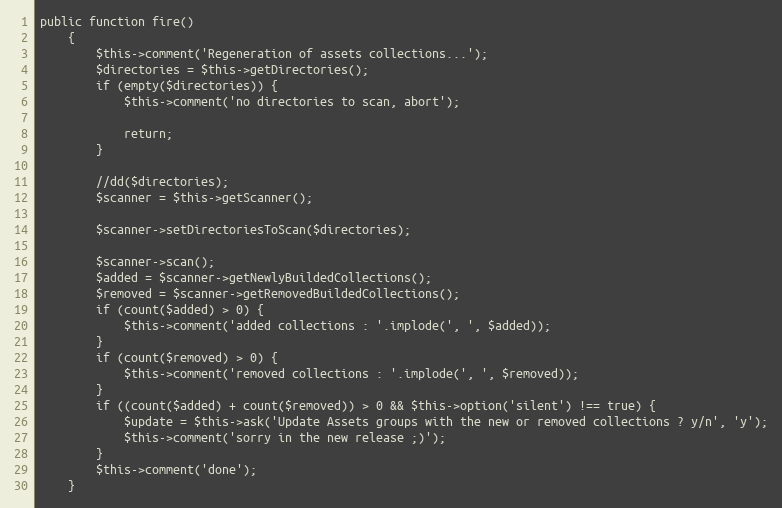
Language: PHP
public function fire()
    {
        $this->comment('Regeneration of assets collections...');
        $directories = $this->getDirectories();
        if (empty($directories)) {
            $this->comment('no directories to scan, abort');

            return;
        }

        //dd($directories);
        $scanner = $this->getScanner();

        $scanner->setDirectoriesToScan($directories);

        $scanner->scan();
        $added = $scanner->getNewlyBuildedCollections();
        $removed = $scanner->getRemovedBuildedCollections();
        if (count($added) > 0) {
            $this->comment('added collections : '.implode(', ', $added));
        }
        if (count($removed) > 0) {
            $this->comment('removed collections : '.implode(', ', $removed));
        }
        if ((count($added) + count($removed)) > 0 && $this->option('silent') !== true) {
            $update = $this->ask('Update Assets groups with the new or removed collections ? y/n', 'y');
            $this->comment('sorry in the new release ;)');
        }
        $this->comment('done');
    }